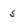
Character: s